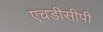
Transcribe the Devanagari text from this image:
एचडीसीपी